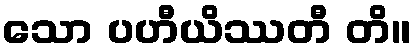
သော ပဟီယိဿတီ တိ။